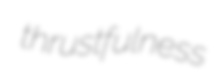
thrustfulness